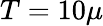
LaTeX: T=10\mu